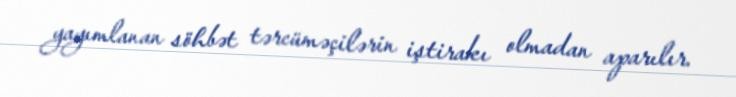
yayımlanan söhbət tərcüməçilərin iştirakı olmadan aparılır.